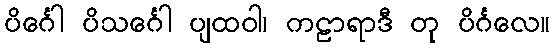
ပိင်္ဂေါ ပိသင်္ဂေါ ပျထဝါ၊ ကဠာရာဒီ တု ပိင်္ဂလေ။